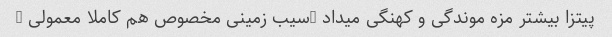
پیتزا بیشتر مزه موندگی و کهنگی میداد …سیب زمینی مخصوص هم کاملا معمولی …